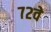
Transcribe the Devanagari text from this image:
७२वे